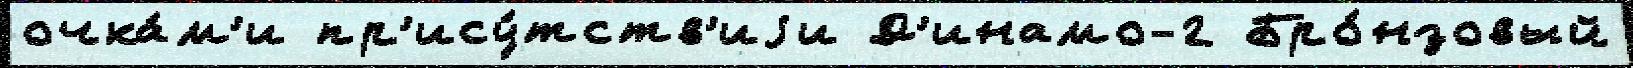
очка́м'и пр'ису́тств'иjи Д'инамо-2 Бро́нзовый